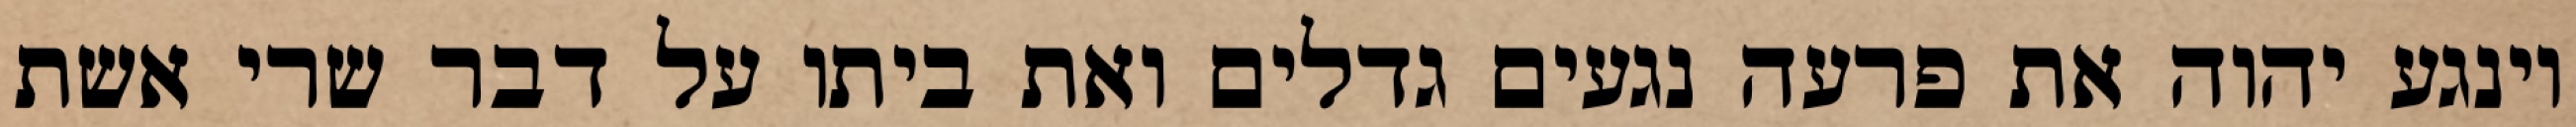
וינגע יהוה את פרעה נגעים גדלים ואת ביתו על דבר שרי אשת